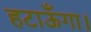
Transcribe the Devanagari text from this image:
हटाऊँगा।